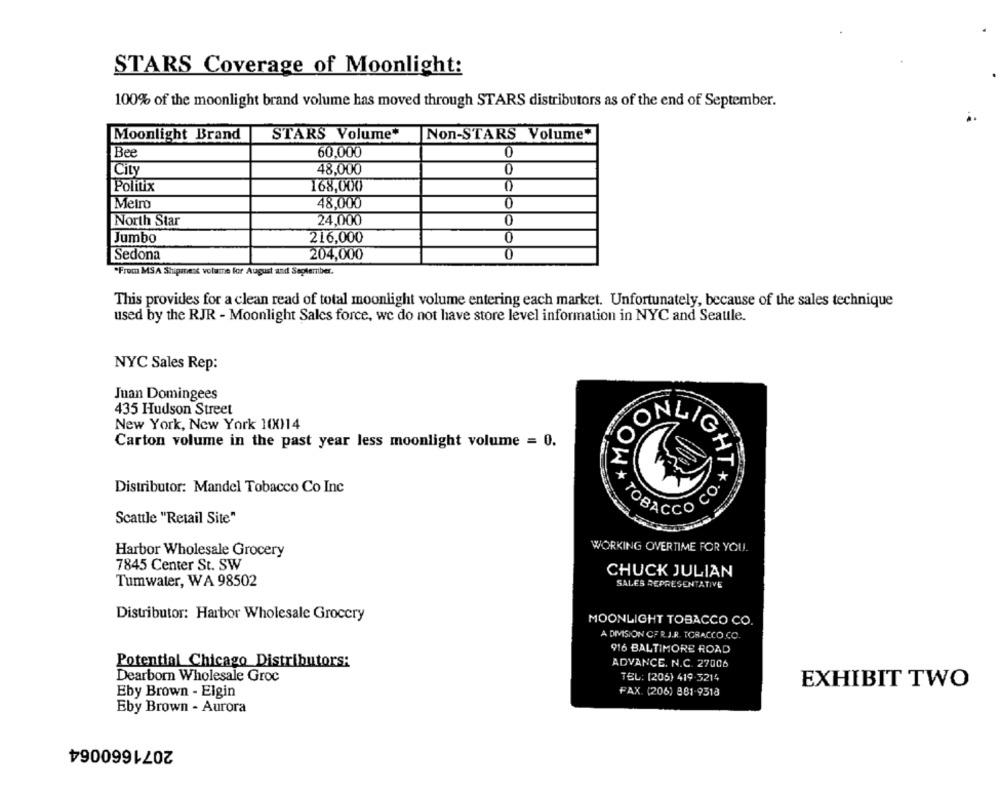
STARS Coverage of Moonlight:
100% of the moonlight brand volume has moved through STARS distributors as of the end of September.
Moonlight Brand
STARS Volume*
Non-STARS Volume"
Bee
60,000
0
City
48,000
0
Politix
168,000
Metro
48,000
0
North Star
24,000
0
Jumbo
216,000
0
Sedona
204,000
0
From MSA Shipment volume for August and September.
This provides for a clean read of total moonlight volume entering each market. Unfortunately, because of the sales technique
used by the RJR - Moonlight Sales force, we do not have store level information in NYC and Seattle.
NYC Sales Rep:
Juan Domingees
435 Hudson Street
New York, New York 10014
Carton volume in the past year less moonlight volume = 0.
ONLIG
Distributor: Mandel Tobacco Co Inc
os
TOBACCO
Scattle "Retail Site"
Harbor Wholesale Grocery
WORKING OVERTIME FOR YOU.
7845 Center St. SW
CHUCK JULIAN
Tumwater, WA 98502
SALES REPRESENTATIVE
Distributor: Harbor Wholesale Grocery
MOONLIGHT TOBACCO CO.
A DIVISION OF R.J.R. TCRACCO.CO.
916 BALTIMORE ROAD
Potential Chicago Distributors:
ADVANCE. N.C. 27006
Dearborn Wholesale Groc
TEL: (205) 419-3214
EXHIBIT TWO
Eby Brown - Elgin
FAX (206) 881-9318
Eby Brown - Aurora
2071660064